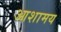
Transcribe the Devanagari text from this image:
आशामय